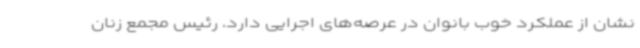
نشان از عملکرد خوب بانوان در عرصه‌های اجرایی دارد. رئیس مجمع زنان